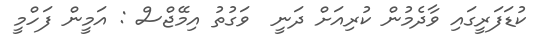
ކުޑަފަރީގައި ވާދެމުން ކުރިއަށް ދަނީ  ވަގުތު އިމޭޖްސް : އަމީން ފަހްމީ